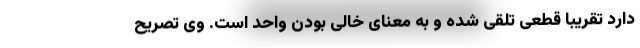
دارد تقریبا قطعی تلقی شده و به معنای خالی بودن واحد است. وی تصریح